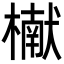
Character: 𬄬